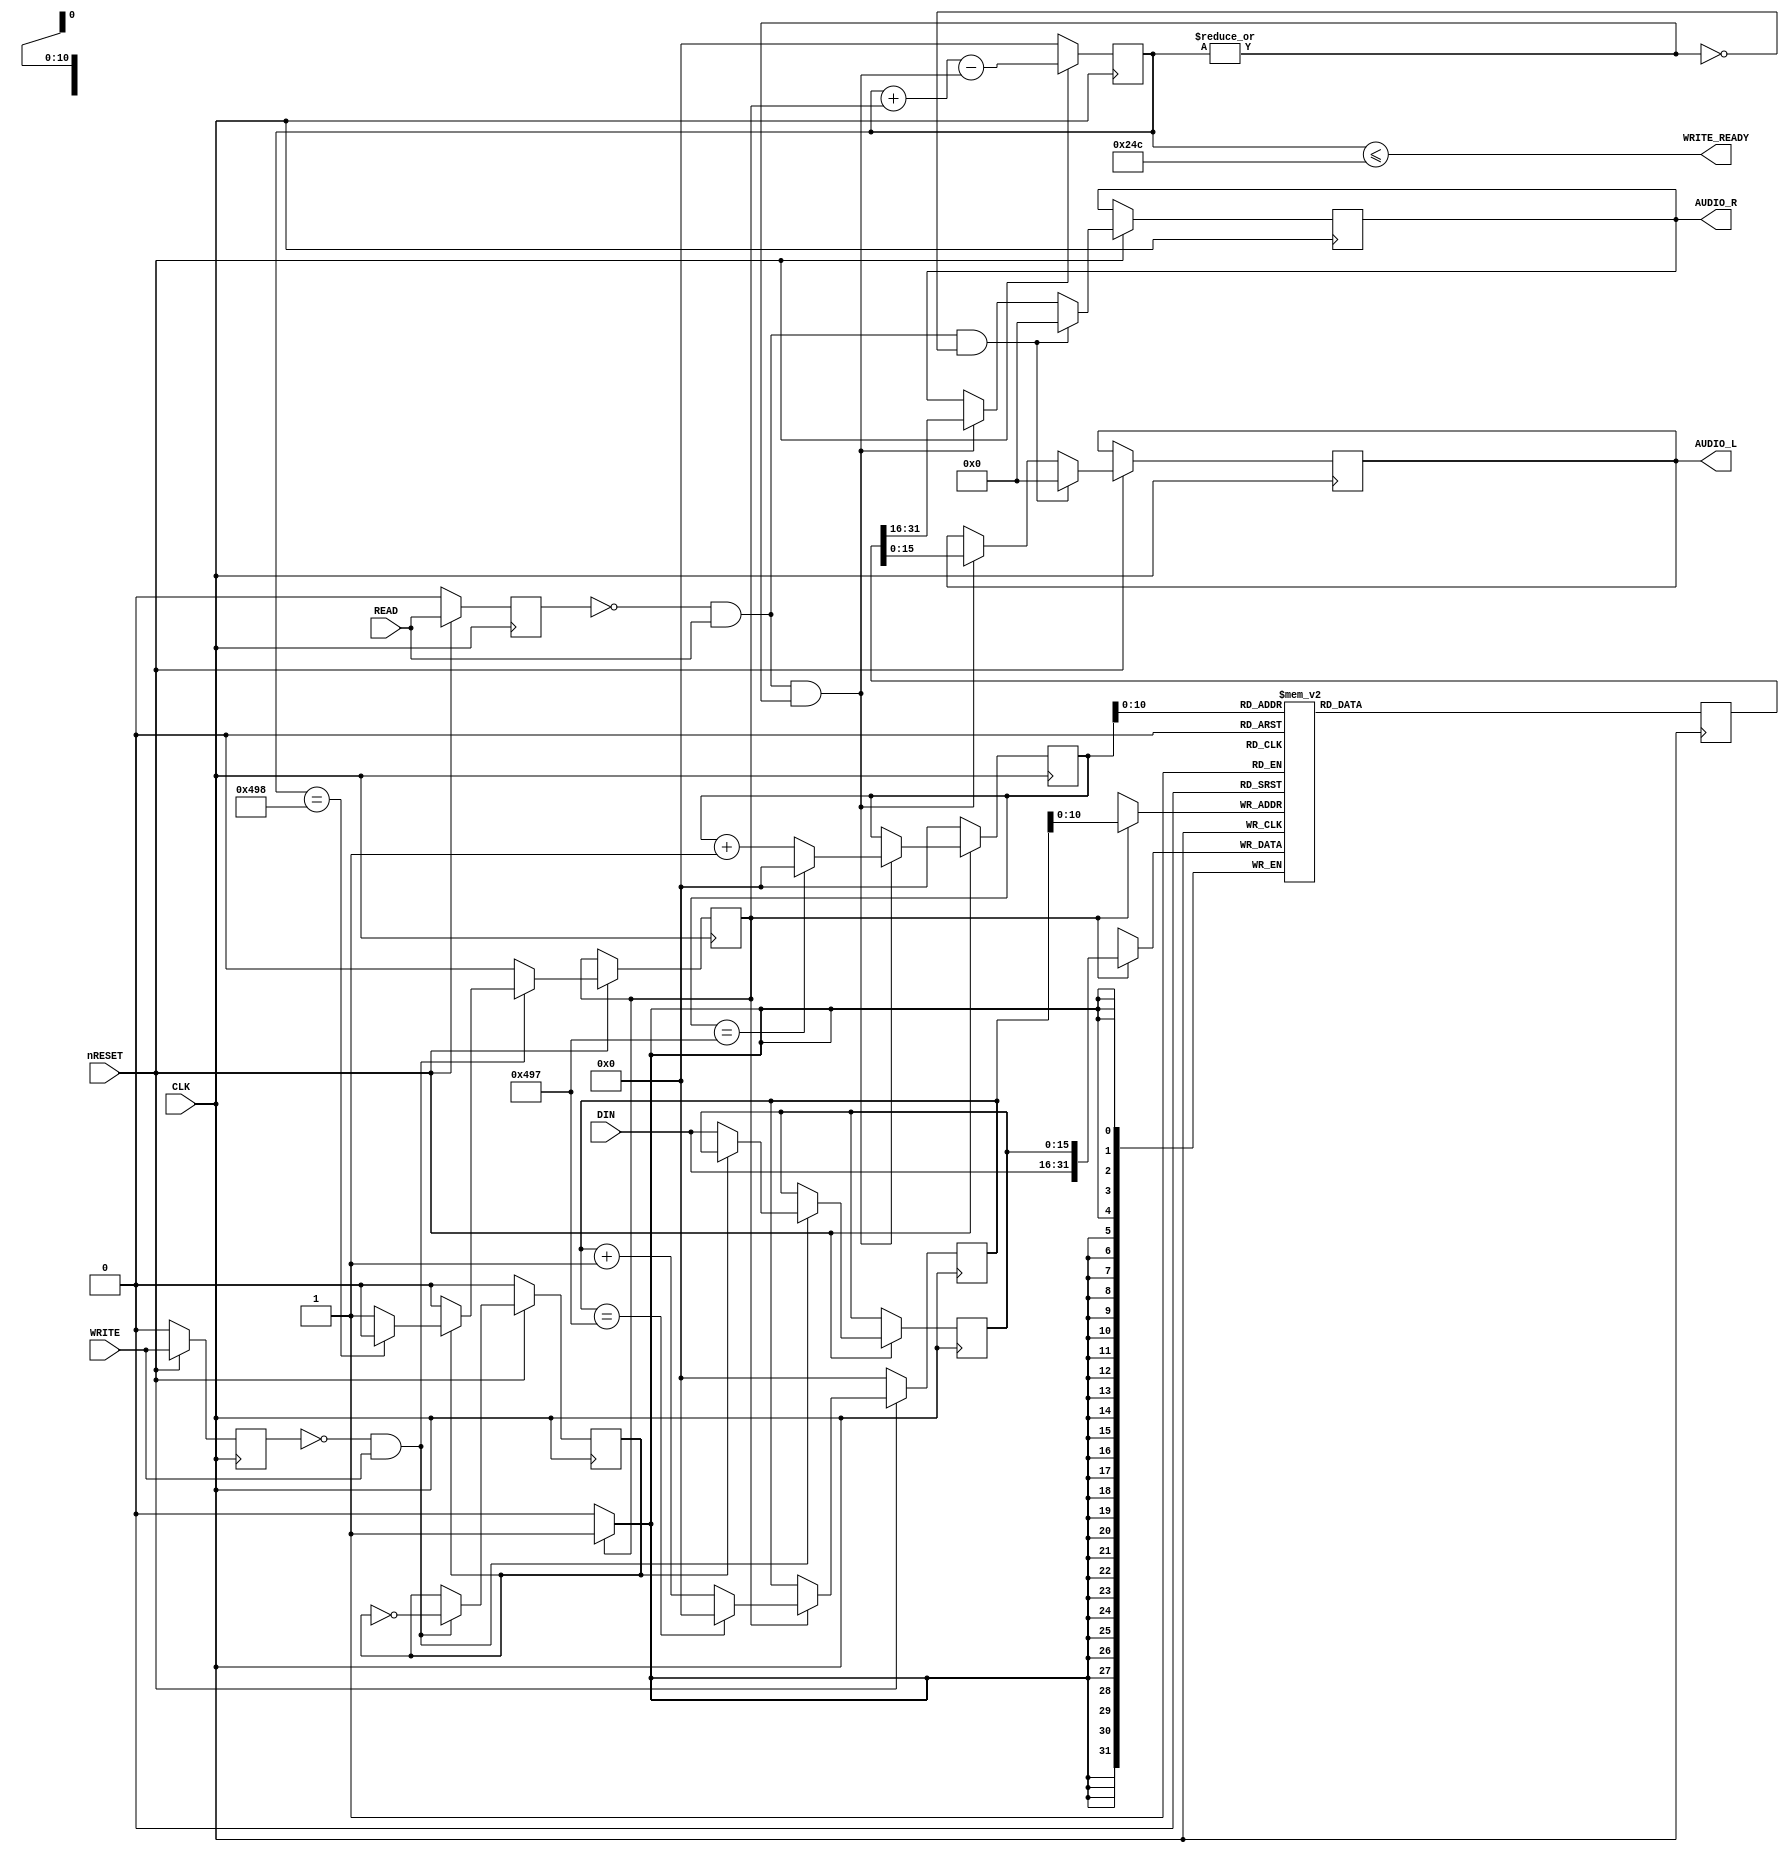
module cdda
(
	input      CLK,
	input      nRESET,
	input      READ,
	input      WRITE,
	input      [15:0] DIN,
	output     WRITE_READY,
	output reg [15:0] AUDIO_L,
	output reg [15:0] AUDIO_R

);

localparam SECTOR_SIZE = 2352*8/32;
localparam BUFFER_AMOUNT = 2 * SECTOR_SIZE;

reg OLD_WRITE, OLD_READ, LRCK, WR_REQ;

reg [15:0] DATA;
reg [12:0] FILLED_COUNT;

reg [12:0] READ_ADDR, WRITE_ADDR;

wire EMPTY = ~|FILLED_COUNT;
wire FULL = (FILLED_COUNT == BUFFER_AMOUNT);
wire WRITE_CE = ~OLD_WRITE & WRITE;
wire READ_CE = ~OLD_READ & READ;
wire READ_REQ = READ_CE & ~EMPTY;

assign WRITE_READY = (FILLED_COUNT <= (BUFFER_AMOUNT - SECTOR_SIZE)); // Ready to receive sector

always @(posedge CLK) begin
	if (~nRESET) begin
		OLD_WRITE <= 0;
		OLD_READ <= 0;
		LRCK      <= 0;
		READ_ADDR <= 0;
		WRITE_ADDR <= 0;
		FILLED_COUNT <= 0;
	end else begin
		OLD_WRITE <= WRITE;
		OLD_READ <= READ;

		WR_REQ <= 0;
		if (WRITE_CE) begin
			LRCK <= ~LRCK;
			if (~LRCK) begin
				DATA <= DIN;
			end else if(~FULL) begin
				WR_REQ <= 1;
			end
		end

		if (WR_REQ) begin
			if (WRITE_ADDR == BUFFER_AMOUNT-1) begin
				WRITE_ADDR <= 0;
			end else begin
				WRITE_ADDR <= WRITE_ADDR + 1'b1;
			end
		end

		if (READ_REQ) begin
			if (READ_ADDR == BUFFER_AMOUNT-1) begin
				READ_ADDR <= 0;
			end else begin
				READ_ADDR <= READ_ADDR + 1'b1;
			end
			AUDIO_L <= BUFFER_Q[15:0];
			AUDIO_R <= BUFFER_Q[31:16];
		end

		if (READ_CE & EMPTY) begin
			AUDIO_L <= 0;
			AUDIO_R <= 0;
		end

		FILLED_COUNT <= FILLED_COUNT + WR_REQ - READ_REQ;
	end
end

reg [31:0] BUFFER[BUFFER_AMOUNT];
reg [31:0] BUFFER_Q;
always @(posedge CLK) begin
	BUFFER_Q <= BUFFER[READ_ADDR];
	if (WR_REQ) begin
		BUFFER[WRITE_ADDR] <= { DIN, DATA };
	end
end

endmodule